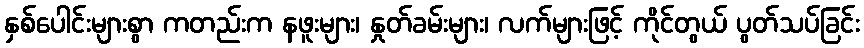
နှစ်ပေါင်းများစွာ ကတည်းက နဖူးများ၊ နှုတ်ခမ်းများ၊ လက်များဖြင့် ကိုင်တွယ် ပွတ်သပ်ခြင်း